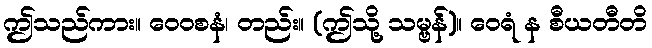
ဤသည်ကား။ ဝေဝစနံ၊ တည်း။ (ဤသို့ သမ္ဗန်)။ ဝေရံ န စီယတီတိ